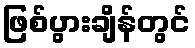
ဖြစ်ပွားချိန်တွင်